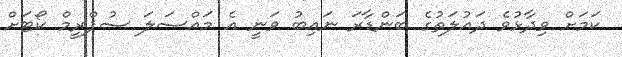
ކަމަށް ވިދާޅުވެ ދައުލަތުގެ ބަންޑާރަ ނައިބު ވަނީ އެ މައްސަލަ ސުޕްރީމް ކޯޓަށް